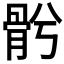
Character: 𩨦